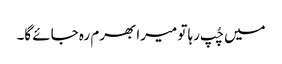
میں چُپ رہا تو میرا بھرم رہ جائے گا۔